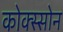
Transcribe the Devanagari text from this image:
कोक्स्सोन